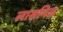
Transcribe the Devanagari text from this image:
लासनिज